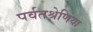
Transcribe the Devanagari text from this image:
पर्वतश्रेणिया